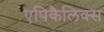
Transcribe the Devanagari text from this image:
एपिकैलिक्स